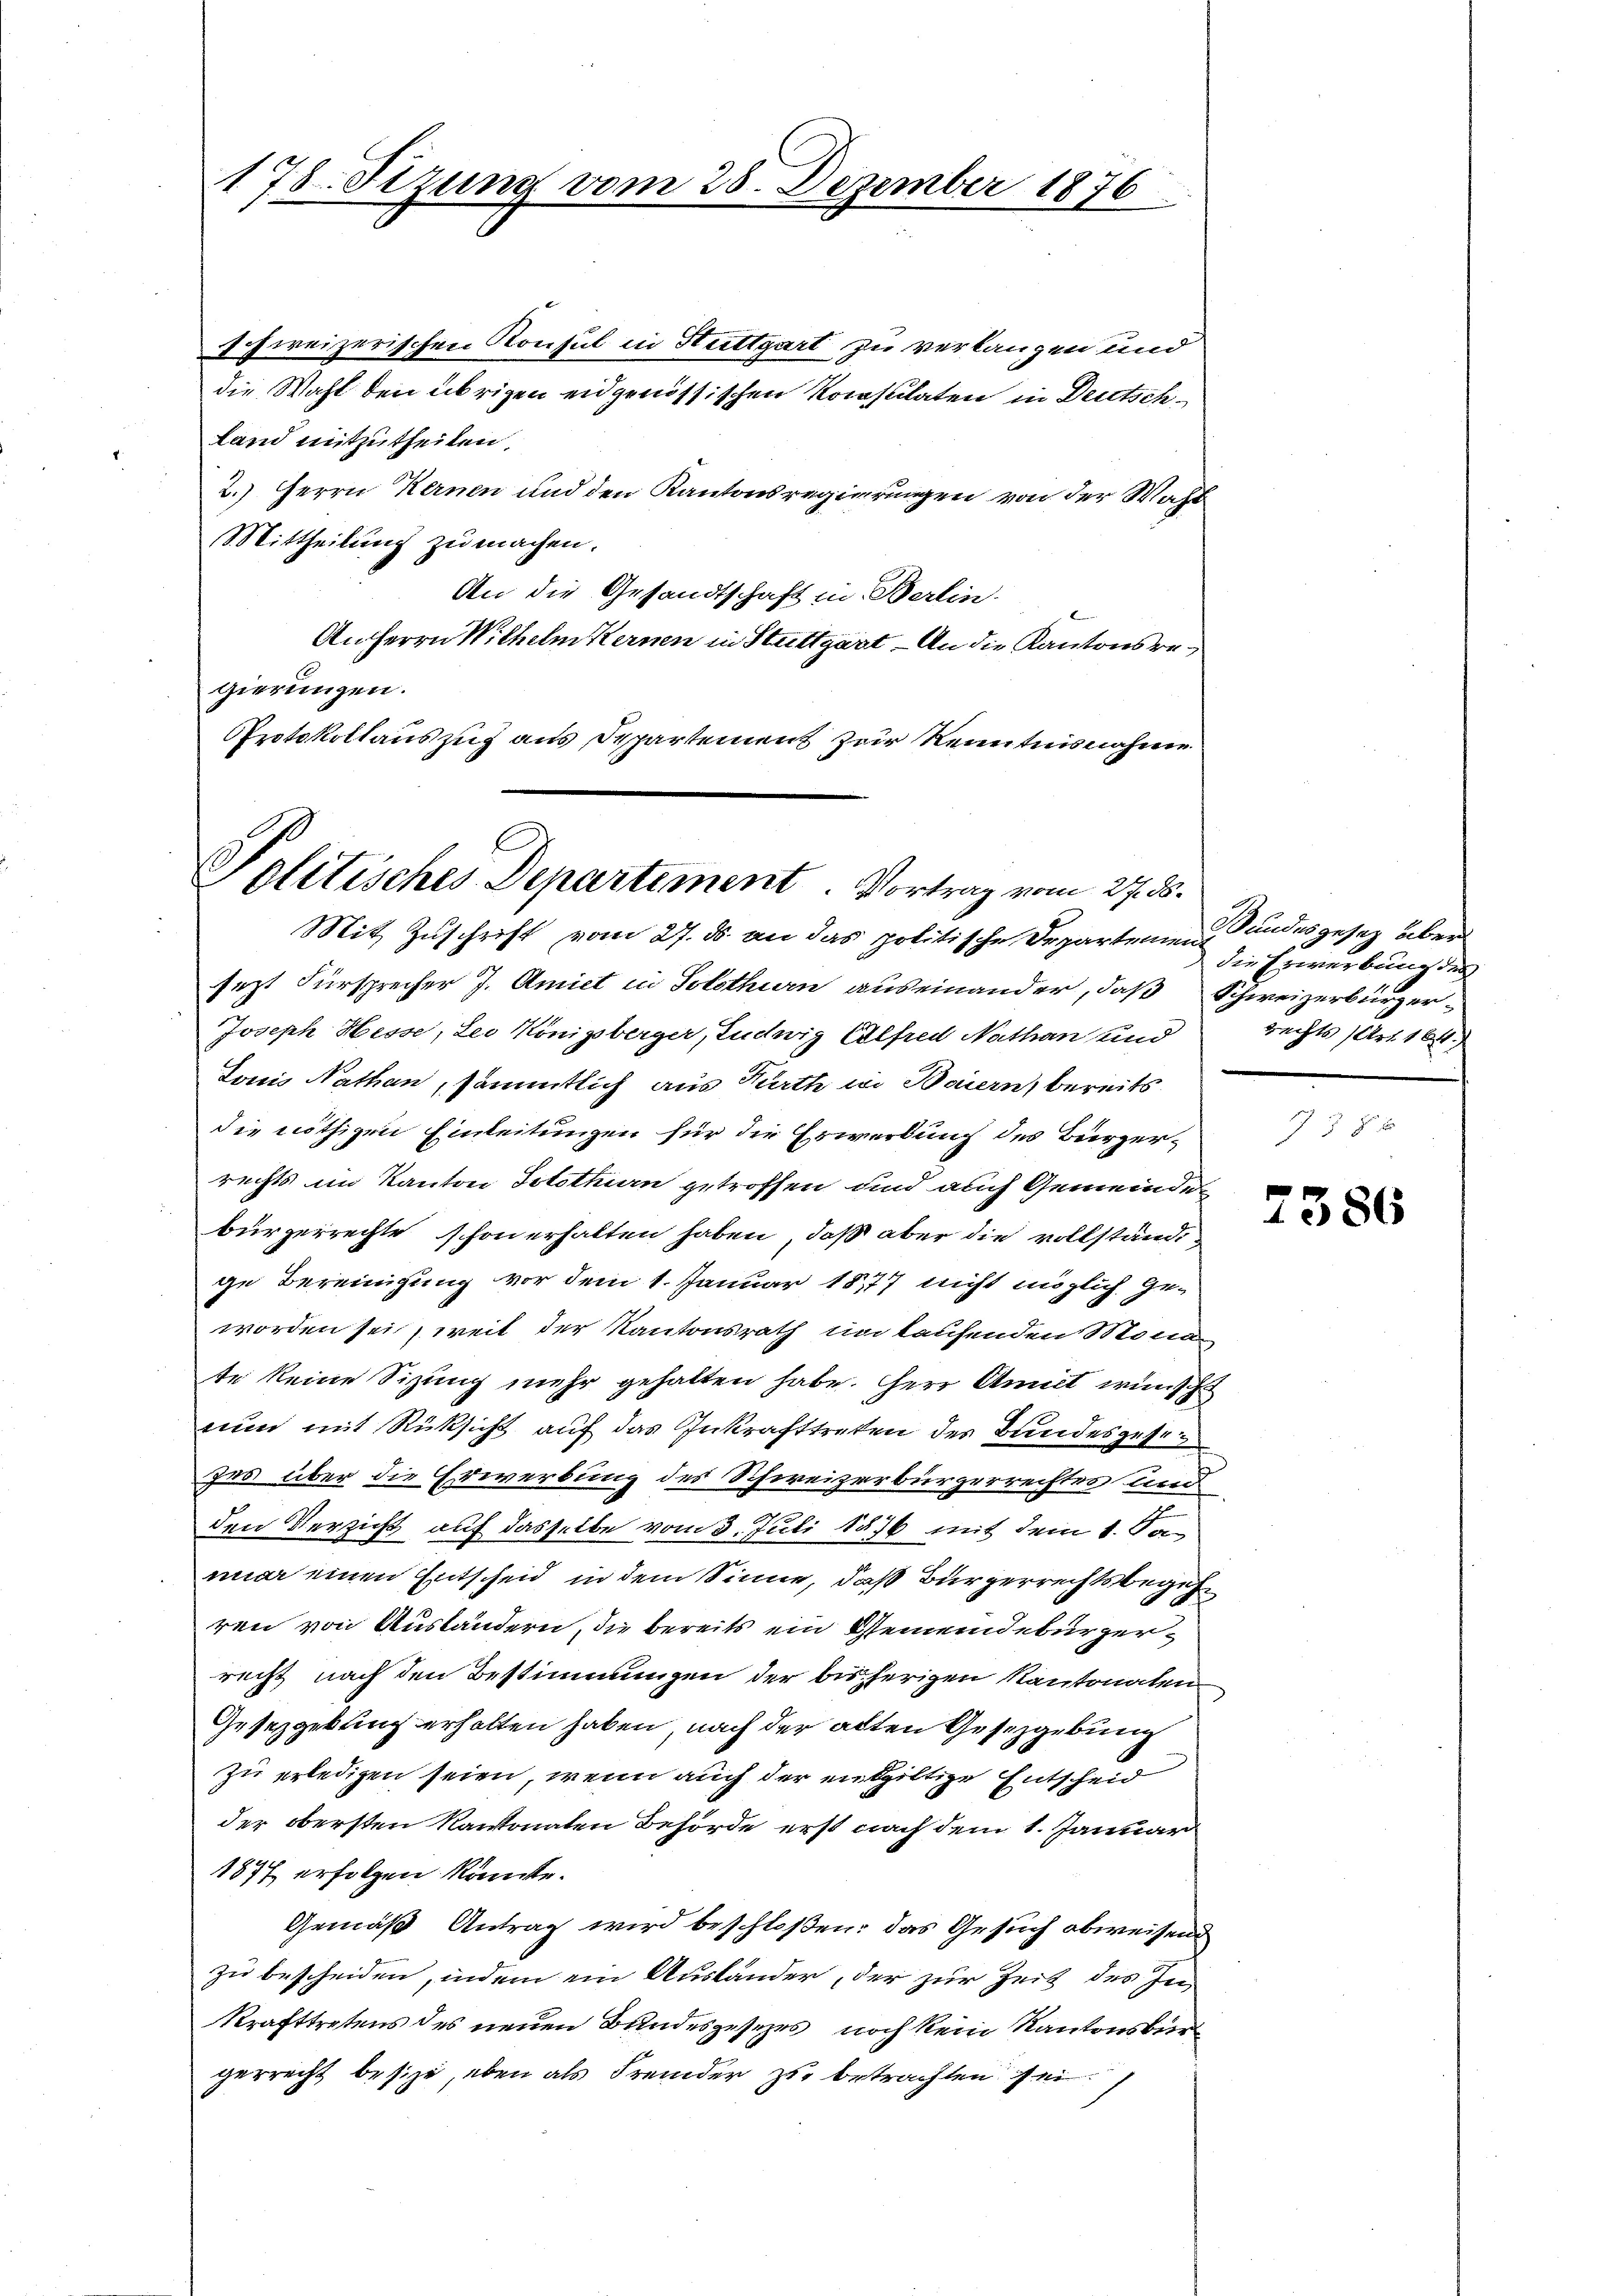
178. Sitzung vom 28. Dezember 1876

hweizerischen Konsul in Stuttgart zu verlangen und
die Wahl den übrigen eidgenössischen Konsulaten in Deutsch¬
Land mitzutheilen.
2.) Herrn Kernen und den Kantonsregierungen von der Wahl
Mittheilung zu machen.
An die Gesandtschaft in Berlin.
An Herrn Wilhelm Kernen in Stuttgart - An die Kantonsregierungen.
PProtokollauszug aus Departement zur Kenntnisnahme

Politisches Departiment. Vortrag vom 27. 55.
Mit Zuschrift vom 27. d. an das politische Departemen

sezt Fürsprecher J. Amiet in Solothurn auseinander, daß Schweizerbürger¬
Joseph Hesse, Leo Königsberger, Ludwig Elfred Nathan und
Louis Nathan, sämmtlich aus Kurth in Baiern, bereits
die nöthigen Einleitungen für die Erwerbung des Bürgerrechts im Kanton Solothurn getroffen und auch Gemeinden
bürgerrechte schon erhalten haben, daß aber die vollständi
ge Bereinigung vor dem 1. Januar 1877 nicht möglich Ge-
worden sei, weil der Kantonsrath im laufenden Monate keine Sitzung mehr gehalten habe. Herr Annet wünsch
nun mit Rüksicht auf das Inkrafttreten der Bundesgest
zes über die Erwerbung des Schweizerbürgerrechtes und
den Verzicht auf dasselbe vom 3. Juli 1876 mit dem 1. Jan
nuar einen Entscheid in dem Sinne, daß Bürgerrechtsbegehren von Ausländern, die bereits ein Gemeindebürgerrecht nach den Bestimmungen der bisherigen Kantonalen
Gesetzgebung erhalten haben, nach der alten Gesetzgebung
zu erledigen seien, wenn auch der entgiltige Entscheid
der obersten Kantonaten Behörde erst nach dem 1. Januar
1877 erfolgen könnte.
Gemäß Antrag wird beschloßen: das Gesuch abweisend
zu bescheiden, indem ein Ausländer, der zur Zeit des In-
Krafttretens des neuen Bundesgesezes noch kein Kantonsbür
gerrecht besize, eben als Fremder zu betrachten sei.

Wundesgesetz über
die Erwerbung der
rechts (Art. 164.

7386